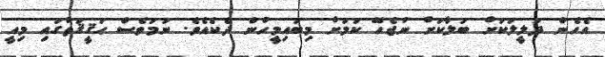
އެހެން ދަލީލަކަށް ބަލާކަށް ނުޖެހޭ ކަމަށް މިބައިމީހުން ދެކެއެވެ. ނަމަވެސް ޙަޤީޤަތުގައި މިއީ